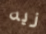
زيه